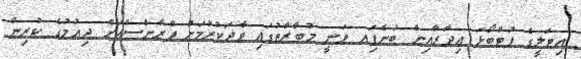
އިޓަލީގެ ފުޓްބޯޅަ އިދާރާއިން ބުނެފަިއ ވަނީ މުބާރާތުގައި ވާދަކުރުމަށް ފްރާންސްއަށް ދިއުމުގެ ކުރިން